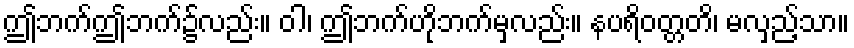
ဤဘက်ဤဘက်၌လည်း။ ဝါ၊ ဤဘက်ဟိုဘက်မှလည်း။ နပရိဝတ္တတိ၊ မလှည့်သာ။